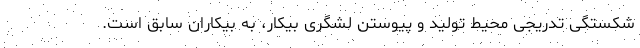
شکستگی تدریجی محیط تولید و پیوستن لشگری بیکار، به بیکاران سابق است.